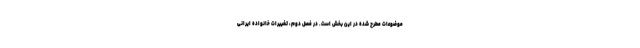
موضوعات مطرح شده در این بخش است. در فصل دوم، تغییرات خانواده ایرانی